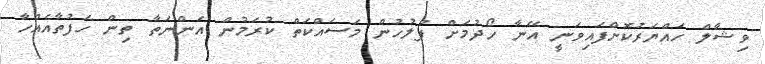
ވިޝާލް ހައްޔަރުކޮށްފައިވަނީ އޭނާ ހޯދުމަށް ފުލުހުން މަސައްކަތް ކުރަމުން އަންނަތާ ތިން ހަފުތާއެއްހާ